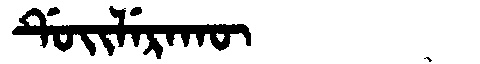
Manchu: ᡩᡠᡳᠯᡝᡵᠠᡴᡡ
Romanization: DUILERAKŪ